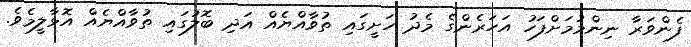
ފެންވަރާ ނިންމުމަށްފަހު އަހަރެންގެ މެދު ހަށީގައި ތުވާއްޔެއް އަދި ބޮލުގައި ތުވާއްޔެއް އޮޅާލީމެވެ.